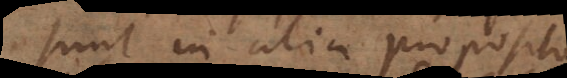
sunt in alia proposit